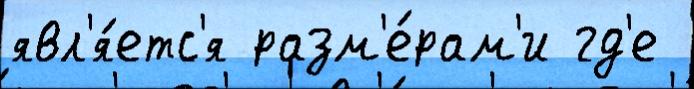
явл'я́етс'я разм'е́рам'и гд'е